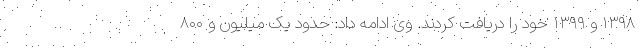
۱۳۹۸ و ۱۳۹۹ خود را دریافت کردند. وی ادامه داد: حدود یک میلیون و ۸۰۰